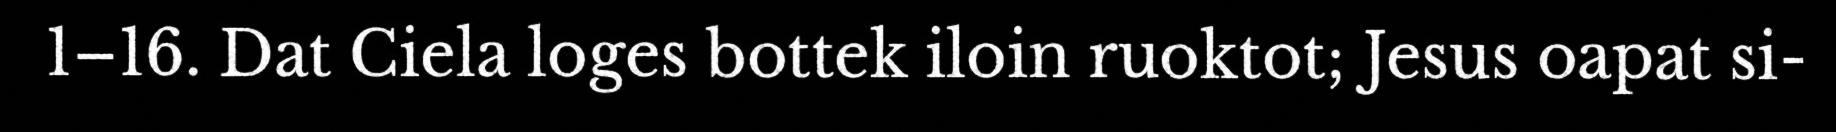
1–16. Dat Ciela loges bottek iloin ruoktot; Jesus oapat si-